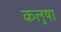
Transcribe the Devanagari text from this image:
कलुषा